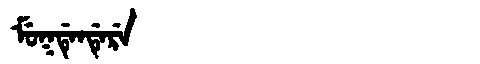
Manchu: ᠮᡠᡴᡩᡝᠨᡩᡝᡵᡝ
Romanization: MUKDENDERE